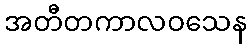
အတီတကာလဝသေန